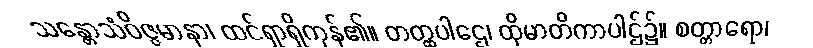
သန္တောသံဝိဇ္ဇမာနာ၊ ထင်ရှာရှိကုန်၏။ တတ္ထပါဌေ၊ ထိုမာတိကာပါဌ်၌။ စတ္တာရော၊